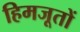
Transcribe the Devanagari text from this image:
हिमजूतों